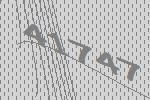
41747